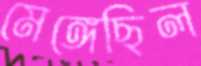
মেঙ্গেছিল